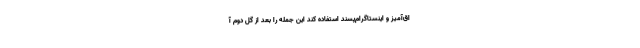
اق‌آمیز و اینستاگرام‌پسند استفاده کند این جمله را بعد از گل دوم آ